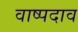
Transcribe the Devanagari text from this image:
वाष्पदाव